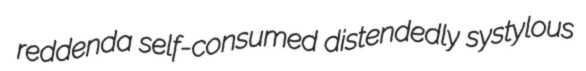
reddenda self-consumed distendedly systylous